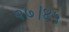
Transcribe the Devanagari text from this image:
२७।४५